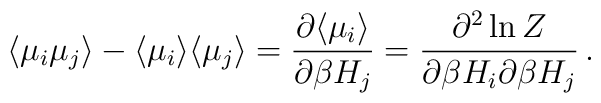
\langle \mu _{i}\mu _{j}\rangle -\langle\mu _{i}\rangle \langle\mu _{j}\rangle =\frac{\partial \langle \mu _{i}\rangle }{\partial\beta H_{j}}=\frac{\partial ^{2}\ln Z}{\partial \beta H_{i}\partial\beta H_{j}}\, .